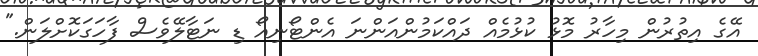
އޭގެ އިތުރުން މިހާރު މޮޅު ކުޅުމެއް ދައްކަމުންއަންނަ އެންޓޯނިއޯ ޑި ނަޓާލޭވެސް ފާހަގަކޮށްލަން."